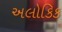
અલોકિક